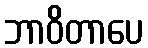
ဘာဝိတာပေ